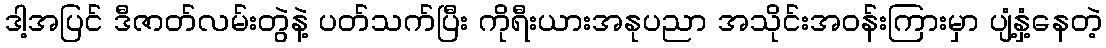
ဒါ့အပြင် ဒီဇာတ်လမ်းတွဲနဲ့ ပတ်သက်ပြီး ကိုရီးယားအနုပညာ အသိုင်းအဝန်းကြားမှာ ပျံ့နှံ့နေတဲ့